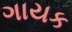
ગાયક